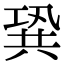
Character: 𠔣